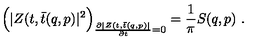
\Bigl ( | Z ( t , \bar { t } ( q , p ) | ^ { 2 } \Bigr ) _ { { \frac { \partial | Z ( t , \bar { t } ( q , p ) | } { \partial t } } = 0 } = { \frac { 1 } { \pi } } S ( q , p ) \ .